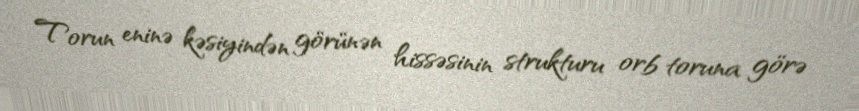
Torun eninə kəsiyindən görünən hissəsinin strukturu orb toruna görə